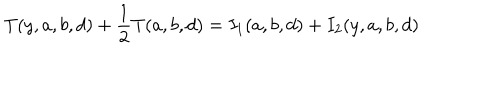
T ( y , a , b , d ) + \frac { 1 } { 2 } T ( a , b , d ) = I _ { 1 } ( a , b , d ) + I _ { 2 } ( y , a , b , d )